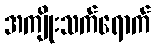
အကျိုးသက်ရောက်